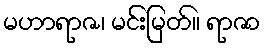
မဟာရာဇ၊ မင်းမြတ်။ ရာဇာ